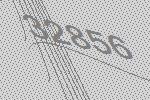
32856